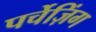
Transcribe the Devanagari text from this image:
पर्चेज़िंग